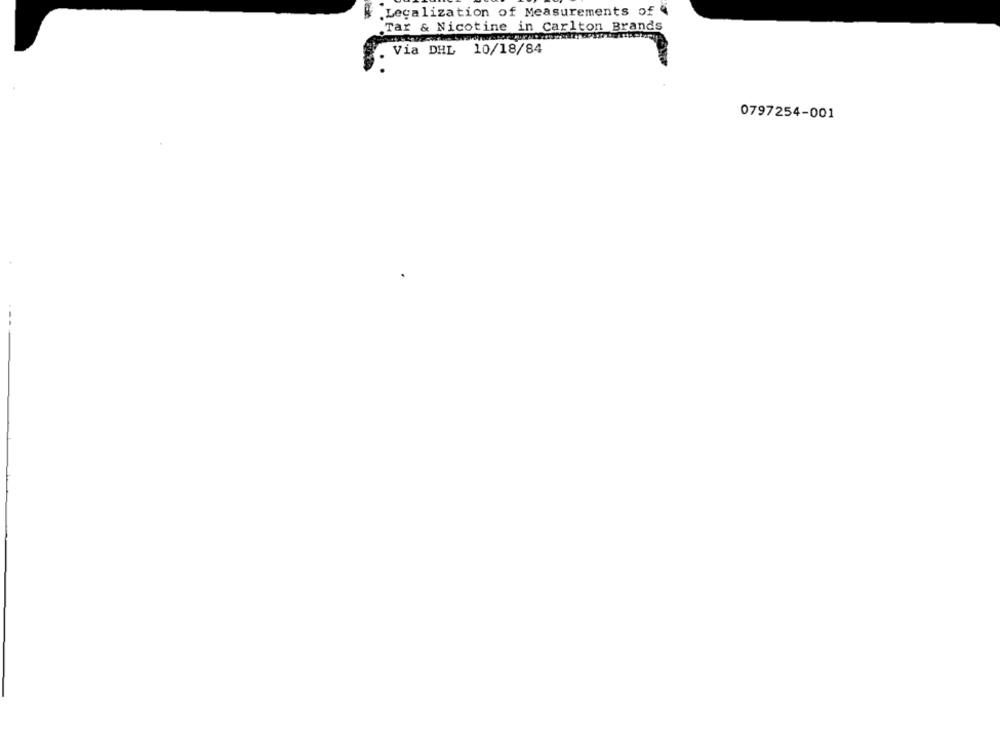
.Legalization of Measurements of "
.Tar & Nicotine in Carlton Brands
Via DHL 10/18/84
0797254-001